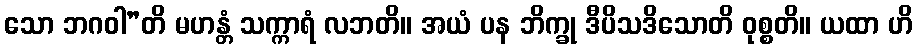
သော ဘဂဝါ”တိ မဟန္တံ သက္ကာရံ လဘတိ။ အယံ ပန ဘိက္ခု ဒီပိသဒိသောတိ ဝုစ္စတိ။ ယထာ ဟိ